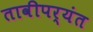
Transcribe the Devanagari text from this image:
तावीपर्यंत